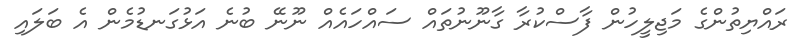
ރައްޔިތުންގެ މަޖިލީހުން ފާސްކުރާ ގާނޫނުތައް ސައްހައެއް ނޫނޭ ބުނެ އަޅުގަނޑުމެން އެ ބަލައި